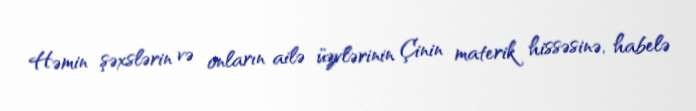
Həmin şəxslərin və onların ailə üzvlərinin Çinin materik hissəsinə, habelə